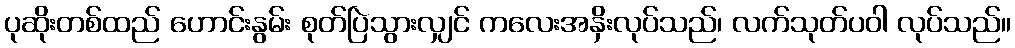
ပုဆိုးတစ်ထည် ဟောင်းနွမ်း စုတ်ပြဲသွားလျှင် ကလေးအနှိးလုပ်သည်၊ လက်သုတ်ပဝါ လုပ်သည်။